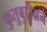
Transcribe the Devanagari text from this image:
कुतुबुद्दीनने